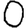
Digit: 0